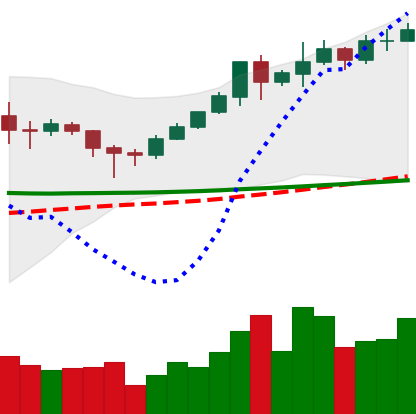
Ticker: XMR-USD
Chart end date: 2020-02-07
Forward return: 19.701%
Label: up_7plus